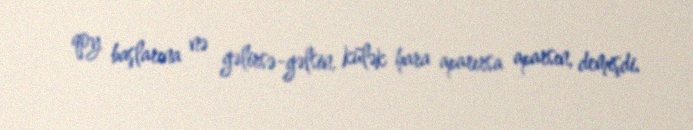
qoy başlarına nə gəlirsə-gəlsin, külək hara aparırsa aparsın, demişdi.